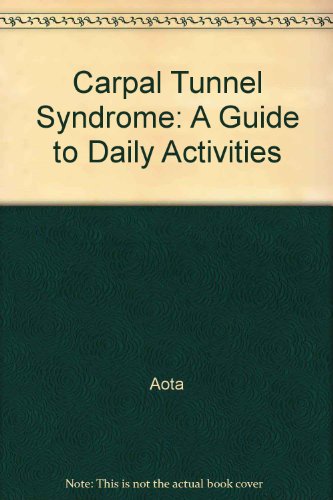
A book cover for Carpal Tunnel Syndrome: A Guide to Daily Activities; Aota; Health, Fitness & Dieting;